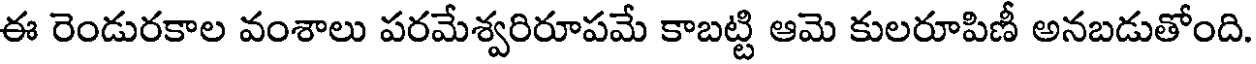
ఈ రెండురకాల వంశాలు పరమేశ్వరిరూపమే కాబట్టి ఆమె కులరూపిణీ అనబడుతోంది